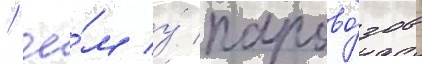
/ че́м у́ парово́зов